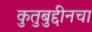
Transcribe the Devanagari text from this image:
कुतुबुद्दीनचा